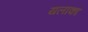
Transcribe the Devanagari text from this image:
यलाका